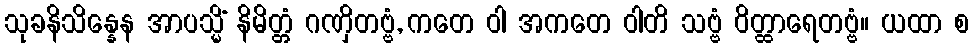
သုခနိသိန္နေန အာပသ္မိံ နိမိတ္တံ ဂဏှိတဗ္ဗံ, ကတေ ဝါ အကတေ ဝါတိ သဗ္ဗံ ဝိတ္ထာရေတဗ္ဗံ။ ယထာ စ